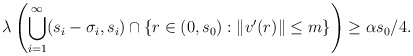
\begin{align*}\lambda \left( \bigcup_{i=1}^{\infty} (s_i - \sigma_i, s_i) \cap \{r \in (0, s_0): \| v'(r)\| \leq m\} \right) \geq \alpha s_0 /4.\end{align*}